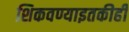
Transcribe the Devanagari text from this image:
शिकवण्याइतकीही